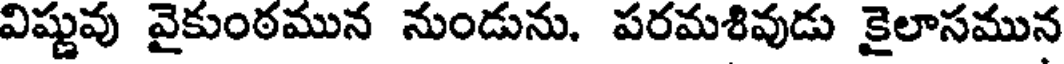
విష్ణువు వైకుంఠమున నుండును. పరమశివుడు కైలాసమున